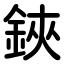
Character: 鋏